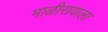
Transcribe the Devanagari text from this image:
माळीरायाला